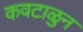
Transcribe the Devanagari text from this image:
कवटाळुन